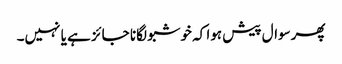
پھرسوال پیش ہوا کہ خوشبو لگانا جائز ہے یا نہیں۔